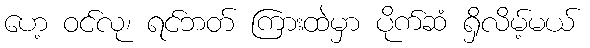
ဟေ့ ဝင်လု၊ ရင်ဘတ် ကြားထဲမှာ ပိုက်ဆံ ရှိလိမ့်မယ်